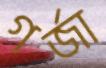
গর্‌জা